Burma Government Medical School reports 1923-41
Year: 1923
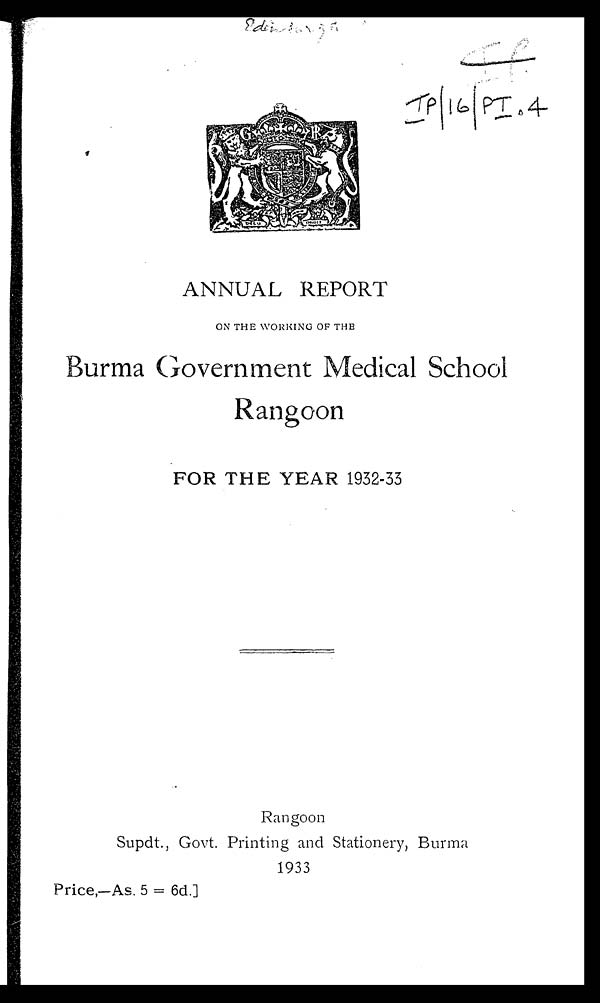
I f
I P / 1 6 / P I . 4
ANNUAL REPORT
ON THE WORKING OF THE
Burma Government Medical School
Rangoon
FOR THE YEAR 1932-33
Rangoon
Supdt., Govt. Printing and Stationery, Burma
1933
Price,—As. 5 = 6d.]